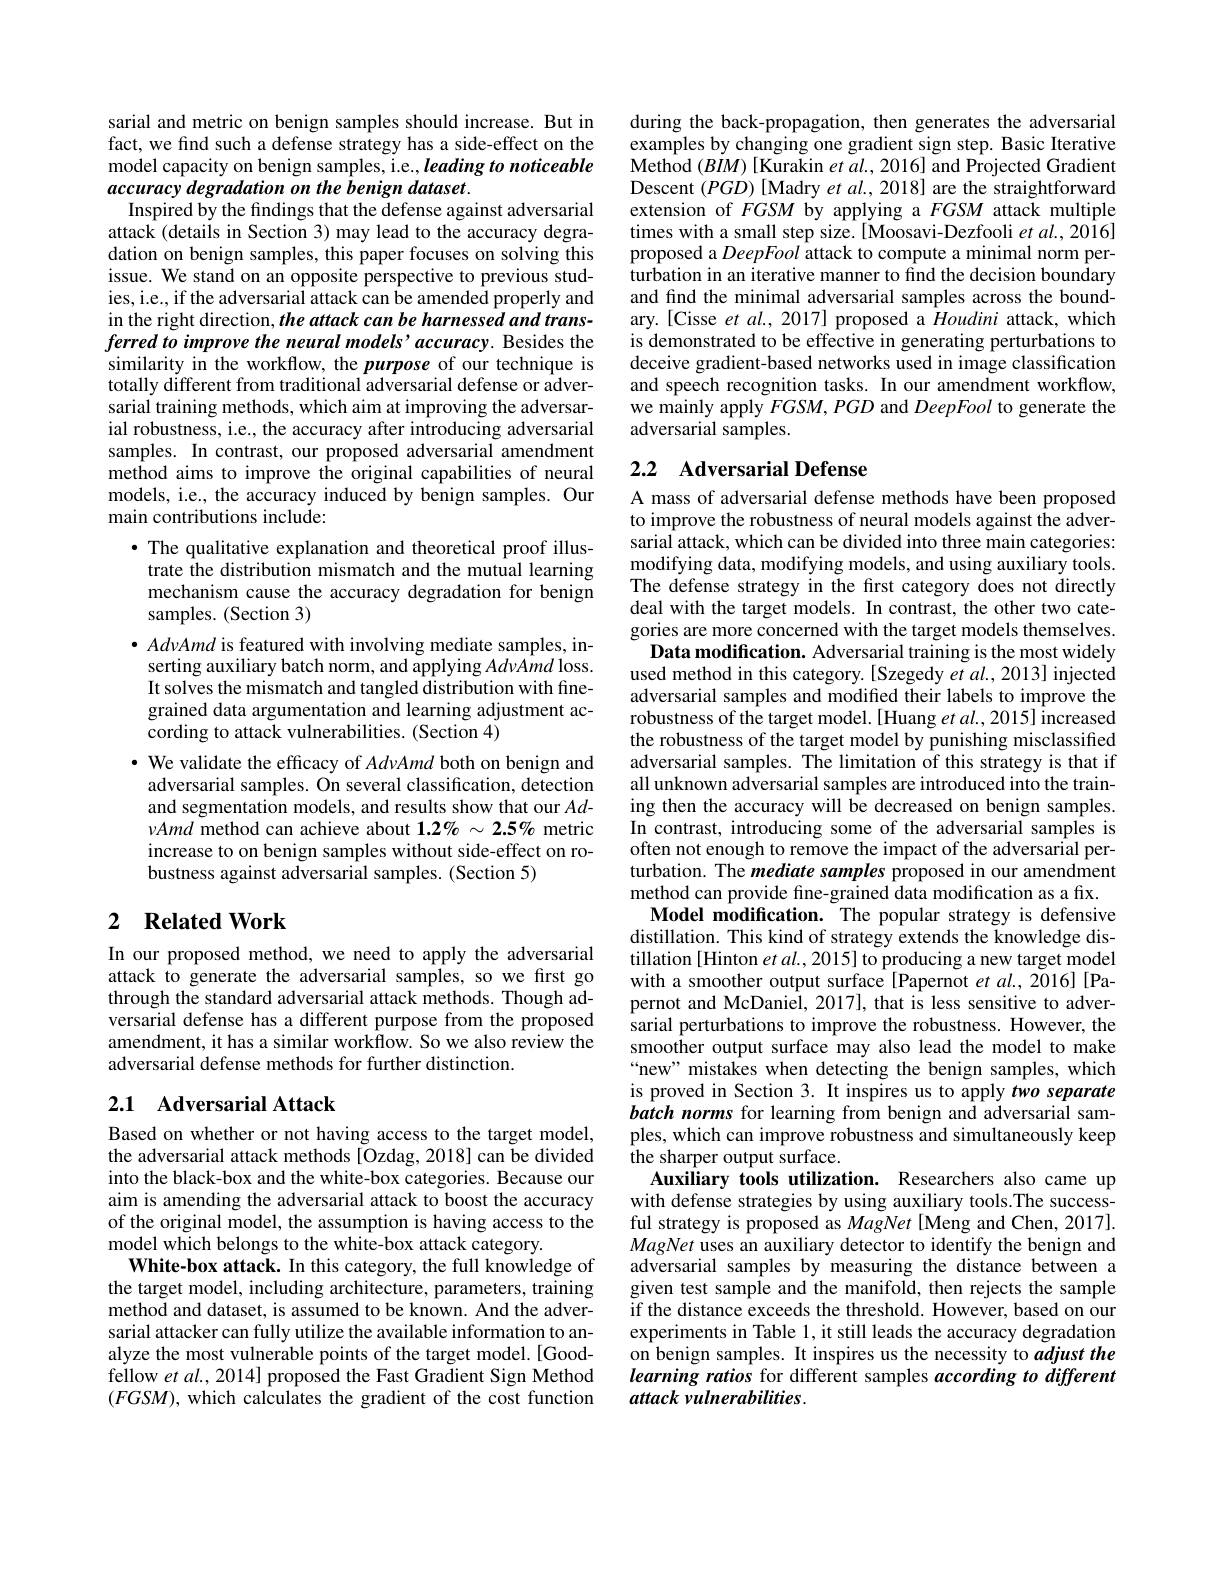
sarial and metric on benign samples should increase. But in fact, we find such a defense strategy has a side-effect on the model capacity on benign samples, i.e., leading to noticeable accuracy degradation on the benign dataset.
Inspired by the findings that the defense against adversarial attack (details in Section 3) may lead to the accuracy degradation on benign samples, this paper focuses on solving this issue. We stand on an opposite perspective to previous studies, i.e., if the adversarial attack can be amended properly and in the right direction, the attack can be harnessed and transferred to improve the neural models'accuracy. Besides the similarity in the workflow, the purpose of our technique is totally different from traditional adversarial defense or adversarial training methods, which aim at improving the adversarial robustness, i.e., the accuracy after introducing adversarial samples. In contrast, our proposed adversarial amendment method aims to improve the original capabilities of neural models, i.e., the accuracy induced by benign samples. Our main contributions include:
· The qualitative explanation and theoretical proof illustrate the distribution mismatch and the mutual learning mechanism cause the accuracy degradation for benign samples. (Section 3)
$\bullet$ AdvAmd is featured with involving mediate samples, in-
serting auxiliary batch norm, and applying AdvAmd loss. It solves the mismatch and tangled distribution with finegrained data argumentation and learning adjustment according to attack vulnerabilities. (Section 4)
$\cdot$ We validate the efficacy of AdvAmd both on benign and adversarial samples. On several classification, detection and segmentation models, and results show that our $Ad$- $\nu Amd$ method can achieve about $1.2\%\sim2.5\%$ metric increase to on benign samples without side-effect on robustness against adversarial samples. (Section 5)
2 $\textbf{Related Work}$

In our proposed method, we need to apply the adversarial attack to generate the adversarial samples, so we first go through the standard adversarial attack methods. Though adversarial defense has a different purpose from the proposed amendment, it has a similar workflow. So we also review the adversarial defense methods for further distinction.

## 2.1 Adversarial Attack

Based on whether or not having access to the target model, the adversarial attack methods [Ozdag, 2018] can be divided into the black-box and the white-box categories. Because our aim is amending the adversarial attack to boost the accuracy of the original model, the assumption is having access to the model which belongs to the white-box attack category.
White-box attack. In this category, the full knowledge of the target model, including architecture, parameters, training method and dataset, is assumed to be known. And the adversarial attacker can fully utilize the available information to analyze the most vulnerable points of the target model.[Goodfellow $etal.,2014]$ proposed the Fast Gradient Sign Method $(FGSM)$, which calculates the gradient of the cost function

during the back-propagation, then generates the adversarial examples by changing one gradient sign step. Basic Iterative Method $(BIM)$ [Kurakin $etal.,2016]$ and Projected Gradient Descent $(PGD)$ [Madry $etal.,2018]$ are the straightforward extension of $FGSM$ by applying a $FGSM$ attack multiple times with a small step size.[Moosavi-Dezfooli et al., 2016] proposed a DeepFool attack to compute a minimal norm perturbation in an iterative manner to find the decision boundary and find the minimal adversarial samples across the boundary. [Cisse et al., 2017] proposed a Houdini attack, which is demonstrated to be effective in generating perturbations to deceive gradient-based networks used in image classification and speech recognition tasks. In our amendment workflow, we mainly apply $FGSM,PGD$ and DeepFool to generate the adversarial samples.

## 2.2 Adversarial Defense

A mass of adversarial defense methods have been proposed to improve the robustness of neural models against the adversarial attack, which can be divided into three main categories: modifying data, modifying models, and using auxiliary tools. The defense strategy in the first category does not directly deal with the target models. In contrast, the other two categories are more concerned with the target models themselves.
Data modification. Adversarial training is the most widely used method in this category.[Szegedy et $al.,2013]$ injected adversarial samples and modified their labels to improve the robustness of the target model.[Huang et al., 2015] increased the robustness of the target model by punishing misclassified adversarial samples. The limitation of this strategy is that if all unknown adversarial samples are introduced into the training then the accuracy will be decreased on benign samples. In contrast, introducing some of the adversarial samples is often not enough to remove the impact of the adversarial perturbation. The mediate samples proposed in our amendment method can provide fine-grained data modification as a fix.
Model modification. The popular strategy is defensive distillation. This kind of strategy extends the knowledge distillation [Hinton et al., 2015] to producing a new target model with a smoother output surface [Papernot et al.2016][Papernot and McDaniel, 2017], that is less sensitive to adversarial perturbations to improve the robustness. However, the smoother output surface may also lead the model to make “new” mistakes when detecting the benign samples, which is proved in Section 3. It inspires us to apply two separate batch norms for learning from benign and adversarial samples, which can improve robustness and simultaneously keep the sharper output surface.
Auxiliary tools utilization. Researchers also came up with defense strategies by using auxiliary tools.The successful strategy is proposed as MagNet [Meng and Chen, 2017]. MagNet uses an auxiliary detector to identify the benign and adversarial samples by measuring the distance between a given test sample and the manifold, then rejects the sample $\tilde{\text{if the distance exceeds the threshold. However, based on our}}$ experiments in Table 1, it still leads the accuracy degradation on benign samples. It inspires us the necessity to adjust the learning ratios for different samples according to different attack vulnerabilities.